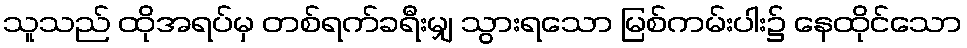
သူသည် ထိုအရပ်မှ တစ်ရက်ခရီးမျှ သွားရသော မြစ်ကမ်းပါး၌ နေထိုင်သော